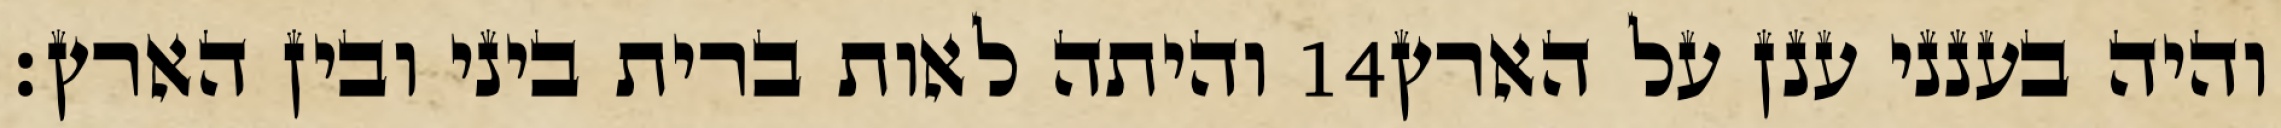
והיתה לאות ברית ביני ובין הארץ׃ ‎14‏ והיה בענני ענן על הארץ